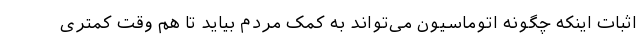
اثبات اینکه چگونه اتوماسیون می‌تواند به کمک مردم بیاید تا هم وقت کمتری